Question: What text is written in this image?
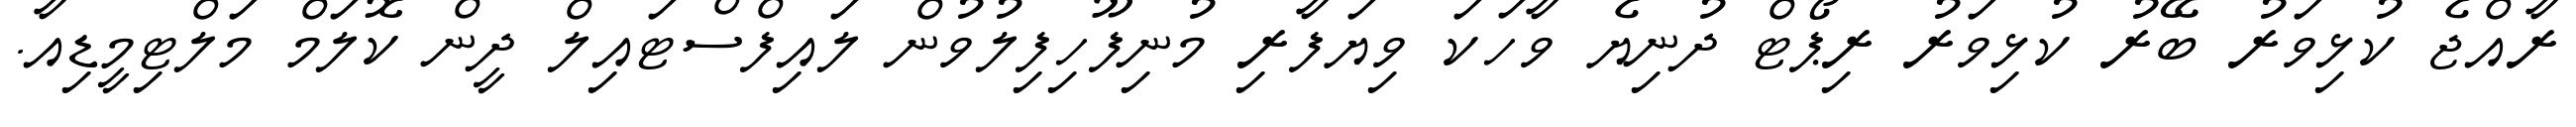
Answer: ރާއްޖެ ކުޅިވަރު ބޭރު ކުޅިވަރު ރިޕޯޓް ދުނިޔެ ވާހަކަ ވިޔަފާރި މުނިފޫހިފިލުވުން ލައިފްސްޓައިލް ދީން ކޮލަމް މަލްޓިމީޑިއާ.